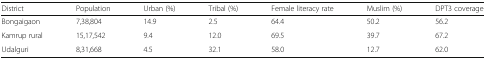
<table><thead><tr><td><b>District</b></td><td><b>Population</b></td><td><b>Urban (%)</b></td><td><b>Tribal (%)</b></td><td><b>Female literacy rate</b></td><td><b>Muslim (%)</b></td><td><b>DPT3 coverage</b></td></tr></thead><tbody><tr><td>Bongaigaon</td><td>7,38,804</td><td>14.9</td><td>2.5</td><td>64.4</td><td>50.2</td><td>56.2</td></tr><tr><td>Kamrup rural</td><td>15,17,542</td><td>9.4</td><td>12.0</td><td>69.5</td><td>39.7</td><td>67.2</td></tr><tr><td>Udalguri</td><td>8,31,668</td><td>4.5</td><td>32.1</td><td>58.0</td><td>12.7</td><td>62.0</td></tr></tbody></table>